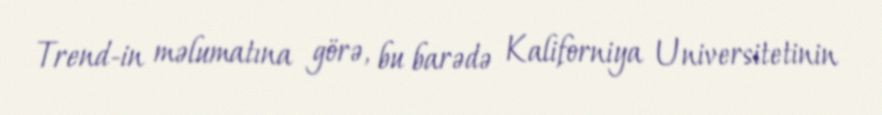
Trend-in məlumatına görə, bu barədə Kaliforniya Universitetinin